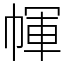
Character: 㡓